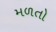
મળતો